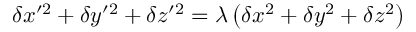
\delta x ^ { \prime 2 } + \delta y ^ { \prime 2 } + \delta z ^ { \prime 2 } = \lambda \left( \delta x ^ { 2 } + \delta y ^ { 2 } + \delta z ^ { 2 } \right)